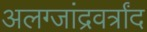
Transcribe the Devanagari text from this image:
अलग्जांद्रवर्त्रांद